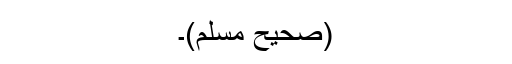
(صحیح مسلم)۔